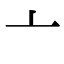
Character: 亠